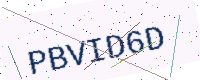
Text: PBVID6D